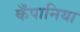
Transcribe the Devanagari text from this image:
कँपानिया